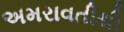
અમરાવતીથી